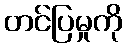
တင်ပြမှုကို